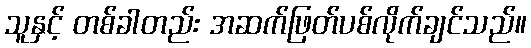
သူနှင့် တစ်ခါတည်း အဆက်ဖြတ်ပစ်လိုက်ချင်သည်။